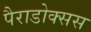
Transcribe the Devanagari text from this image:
पैराडोक्सस